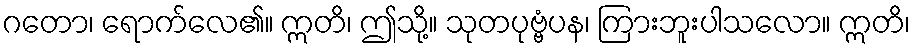
ဂတော၊ ရောက်လေ၏။ ဣတိ၊ ဤသို့။ သုတပုဗ္ဗံပန၊ ကြားဘူးပါသလော။ ဣတိ၊